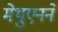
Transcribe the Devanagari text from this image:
मेथुएनने